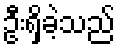
ဦးရှိခဲ့သည်